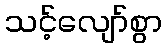
သင့်လျော်စွာ